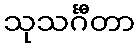
သုသင်္ဂီတာ